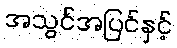
အသွင်အပြင်နှင့်